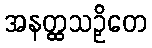
အနတ္ထသဉှိတေ